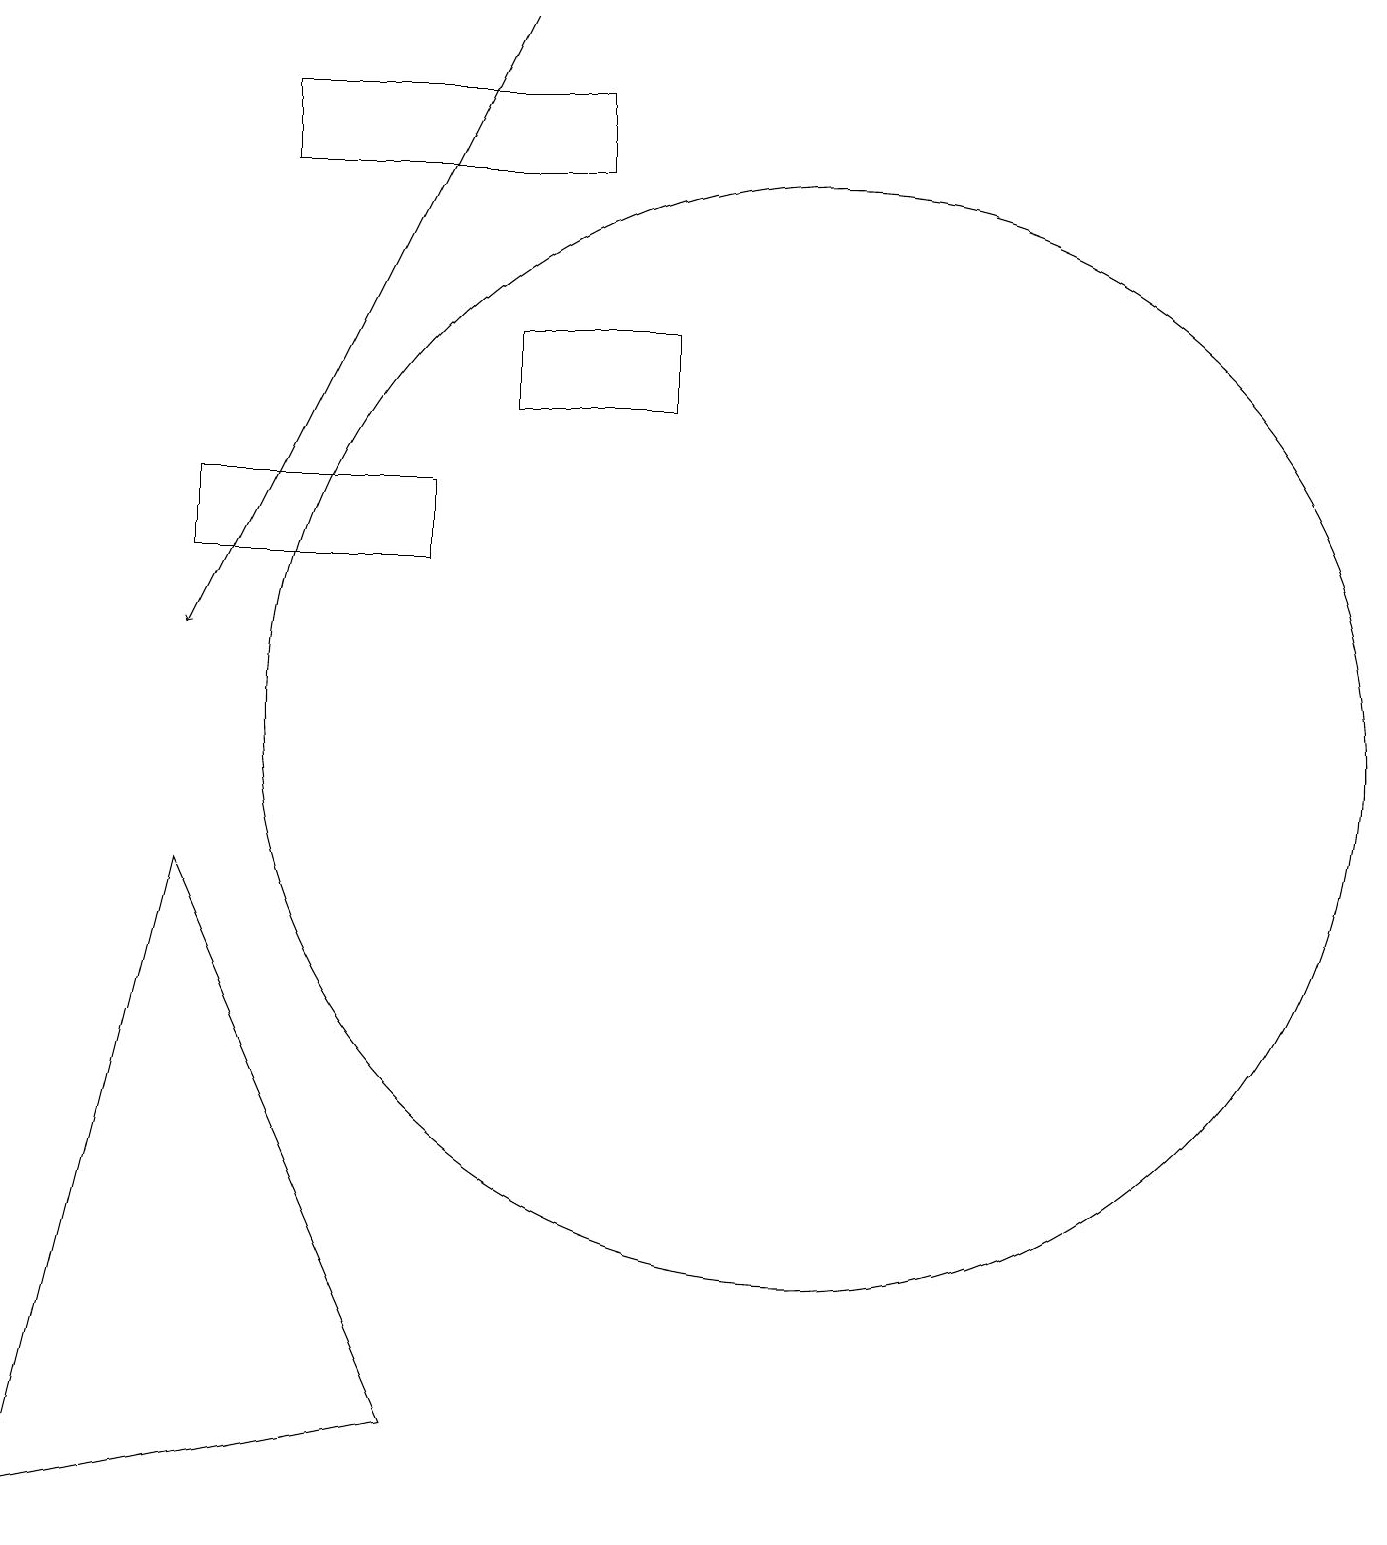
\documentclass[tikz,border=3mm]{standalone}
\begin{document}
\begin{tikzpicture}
\draw (2,13) rectangle (5,12);
\draw (8,14) rectangle (6,15);
\draw (5,1) -- (2,8) -- (0,0) -- cycle;
\draw (7,17) rectangle (3,18);
\draw[->] (6,19) -- (2,11);
\draw (10,10) circle (7);
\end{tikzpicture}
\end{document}